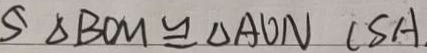
5 \Delta B O M \cong \Delta A O N ( S A .